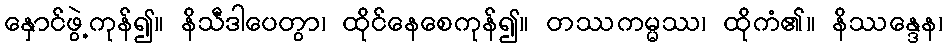
နှောင်ဖွဲ့ကုန်၍။ နိသီဒါပေတွာ၊ ထိုင်နေစေကုန်၍။ တဿကမ္မဿ၊ ထိုကံ၏။ နိဿန္ဒေန၊